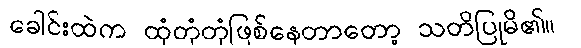
ခေါင်းထဲက ထုံတုံတုံဖြစ်နေတာတော့ သတိပြုမိ၏။